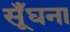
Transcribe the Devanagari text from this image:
सूँघना